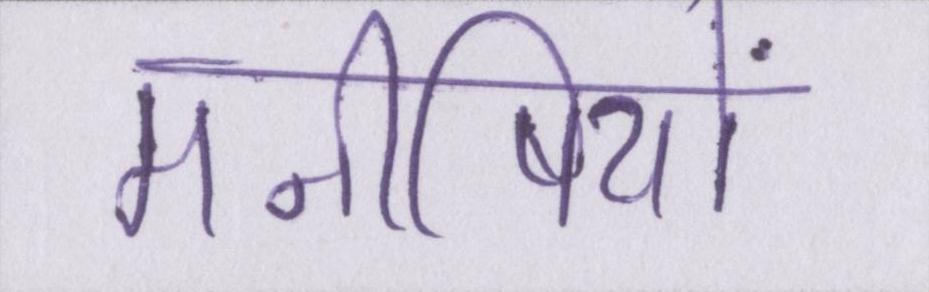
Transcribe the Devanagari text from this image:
मनीषियों